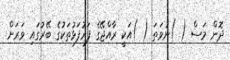
ދޮން މަސް ( )ނުވަތަ ( )އަކީ ރާއްޖޭގެ ފަރުފަޅުތަކުގެ ބޭރުގައި ވަރަށް